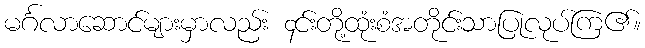
မင်္ဂလာဆောင်များမှာလည်း ၄င်းတို့ထုံးစံအတိုင်းသာပြုလုပ်ကြ၏။